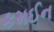
કમઈન